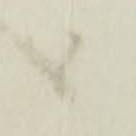
ニ